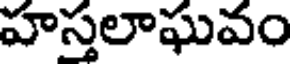
హస్తలాఘవం